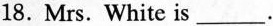
18. Mrs. White is___.